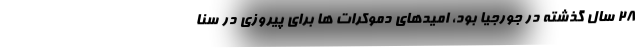
28 سال گذشته در جورجیا بود، امیدهای دموکرات ها برای پیروزی در سنا